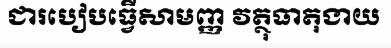
ជារបៀបធ្វើសាមញ្ញ វត្ថុធាតុងាយ